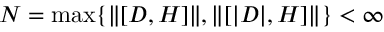
N = \operatorname* { m a x } \{ \| [ D , H ] \| , \| [ | D | , H ] \| \} < \infty